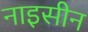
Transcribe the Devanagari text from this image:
नाइसीन